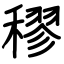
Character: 穋